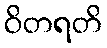
ဝိတရတိ